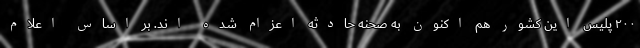
۲۰۰ پلیس این کشور هم اکنون به صحنه حادثه اعزام شده اند. بر اساس اعلام